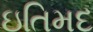
ઇતિમદ